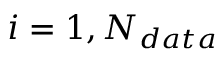
i = 1 , N _ { d a t a }